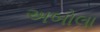
અબોલા